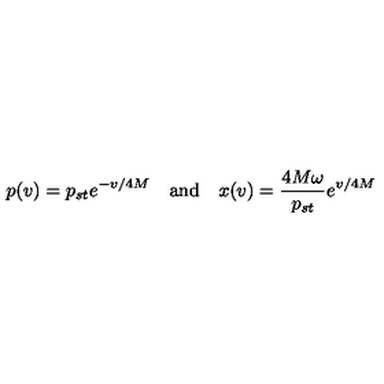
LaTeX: p ( v ) = p _ { s t } e ^ { - v / 4 M } \quad \mathrm { a n d } \quad x ( v ) = { \frac { 4 M \omega } { p _ { s t } } } e ^ { v / 4 M }